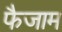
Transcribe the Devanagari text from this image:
फैजाम